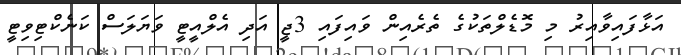
އަޅާފައިވާއިރު މި މޮޑެލްތަކުގެ ތެރެއިން ވައިފައި 3ޖީ އަދި އެލްއީޓީ ވަޔަލަސް ކަނެކްޓިވިޓީ